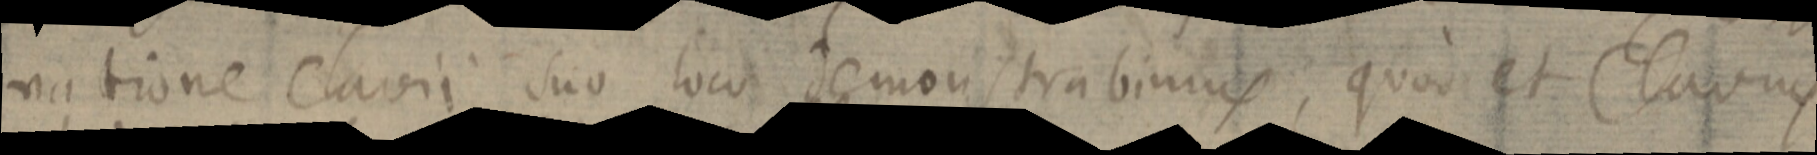
natione clavii suo loco demonstrabimus, quod et Clavius